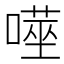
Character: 𭊮